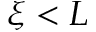
\xi < L